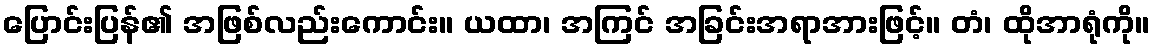
ပြောင်းပြန်၏ အဖြစ်လည်းကောင်း။ ယထာ၊ အကြင် အခြင်းအရာအားဖြင့်။ တံ၊ ထိုအာရုံကို။